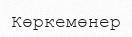
Көркемөнер